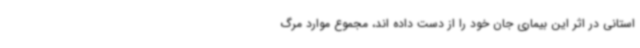
استانی در اثر این بیماری جان خود را از دست داده اند، مجموع موارد مرگ